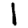
Digit: 1